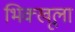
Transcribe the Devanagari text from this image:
भिक्खूला